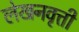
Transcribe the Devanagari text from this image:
लेखनवृत्ती